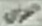
العراق